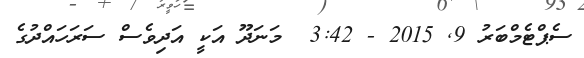
ސެޕްޓެމްބަރު 9